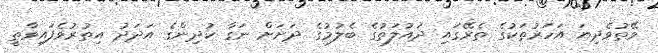
ވޭތުވެދިޔަ އަހަރުތަކުގެ ތެރޭގައި ދައުލަތުގެ ބެލުމުގެ ދަށަށް ނަގާ ކުދިންގެ އަދަދު އިތުރުވެފައިވާތީ